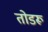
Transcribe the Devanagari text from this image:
तोडरू